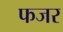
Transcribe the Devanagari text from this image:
फजर